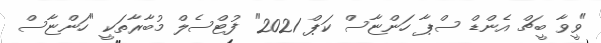
"ވީވާ ބީޗް އެންޑް ސްޕާ ހަންޏާސް ކަޕް 2021" ފުޓްސެލް މުބާރާތަކީ "ހަންޏާސް